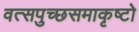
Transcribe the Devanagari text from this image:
वत्सपुच्छसमाकृष्टो